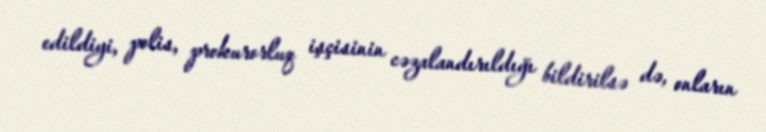
edildiyi, polis, prokurorluq işçisinin cəzalandırıldığı bildirilsə də, onların